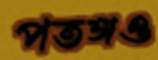
পতঙ্গও